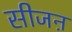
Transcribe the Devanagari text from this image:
सीजऩ